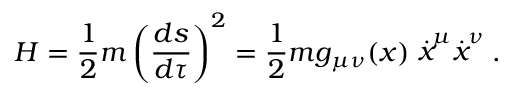
H = \frac { 1 } { 2 } m \left( \frac { d s } { d \tau } \right) ^ { 2 } = \frac { 1 } { 2 } m g _ { \mu \nu } ( x ) \stackrel { . } { x } ^ { \mu } \stackrel { . } { x } ^ { \nu } .